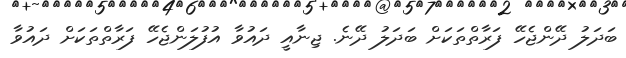
ބަދަލު ދޭންޖެހޭ ފަރާތްތަކަށް ބަދަލު ދޭނެ. ޖިނާއީ ދައުވާ އުފުލަންޖެހޭ ފަރާތްތަކަށް ދައުވާ